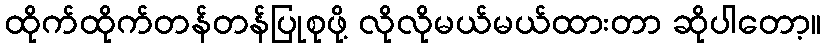
ထိုက်ထိုက်တန်တန်ပြုစုဖို့ လိုလိုမယ်မယ်ထားတာ ဆိုပါတော့။